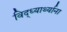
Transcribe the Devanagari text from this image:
विद्ध्यार्थ्याना